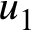
u _ { 1 }